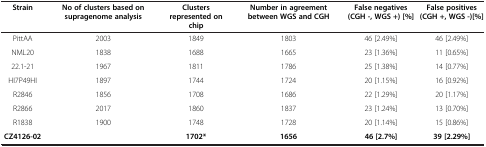
| Strain | No of clusters based on supragenome analysis | Clusters represented on chip | Number in agreement between WGS and CGH | False negatives (CGH -, WGS +) [%] | False positives (CGH +, WGS -)[%] |
 | --- | --- | --- | --- | --- | --- |
 | PittAA | 2003 | 1849 | 1803 | 46 [2.49%] | 46 [2.49%] |
 | NML20 | 1838 | 1688 | 1665 | 23 [1.36%] | 11 [0.65%] |
 | 22.1-21 | 1967 | 1811 | 1786 | 25 [1.38%] | 14 [0.77%] |
 | HI7P49HI | 1897 | 1744 | 1724 | 20 [1.15%] | 16 [0.92%] |
 | R2846 | 1856 | 1708 | 1686 | 22 [1.29%] | 20 [1.17%] |
 | R2866 | 2017 | 1860 | 1837 | 23 [1.24%] | 13 [0.70%] |
 | R1838 | 1900 | 1748 | 1728 | 20 [1.14%] | 15 [0.86%] |
 | CZ4126-02 |  | 1702* | 1656 | 46 [2.7%] | 39 [2.29%] |